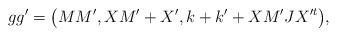
LaTeX: \begin{gather*}gg'=\big(MM',XM'+ X', k+k'+XM'JX'^t\big),\end{gather*}